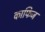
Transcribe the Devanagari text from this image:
काफिज